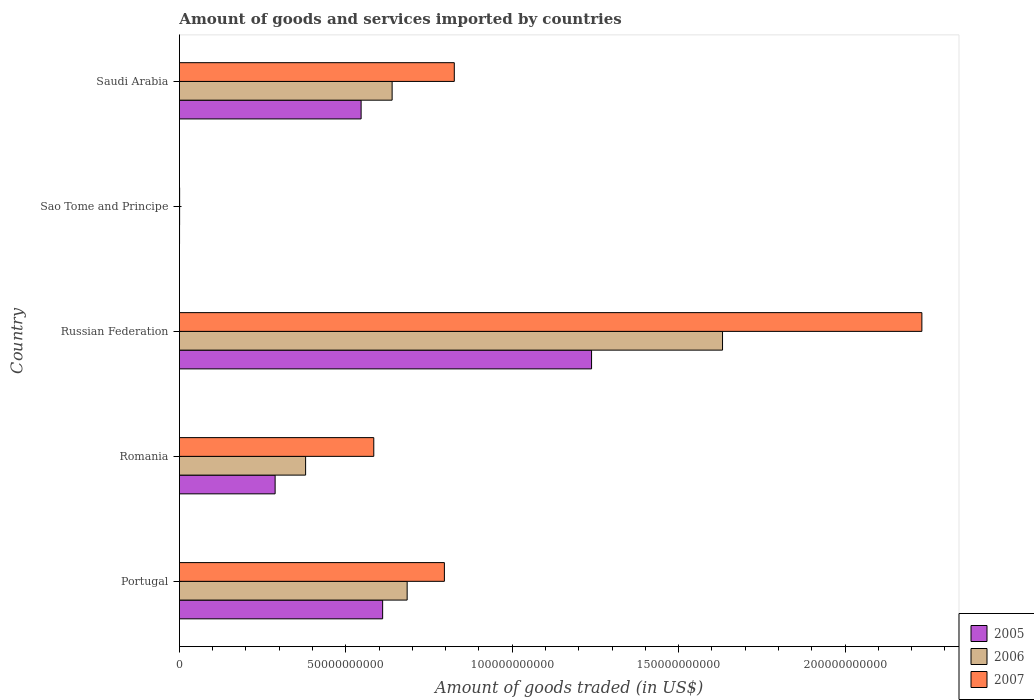
| Country | 2005 | 2006 | 2007 |
 | --- | --- | --- | --- |
 | Portugal | 6.11e+10 | 6.84e+10 | 7.96e+10 |
 | Romania | 2.88e+10 | 3.79e+10 | 5.84e+10 |
 | Russian Federation | 1.24e+11 | 1.63e+11 | 2.23e+11 |
 | Sao Tome and Principe | 4.16e+07 | 5.92e+07 | 6.49e+07 |
 | Saudi Arabia | 5.46e+10 | 6.39e+10 | 8.26e+10 |